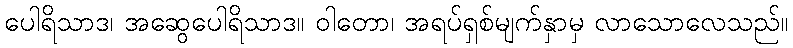
ပေါရိသာဒ၊ အဆွေပေါရိသာဒ။ ဝါတော၊ အရပ်ရှစ်မျက်နှာမှ လာသောလေသည်။